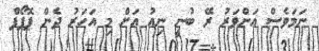
ނަމަވެސް އަންވަރު ރޭ ބުނީ ނިއު އަށް މި އަހަރު ދެން ޕޮޕޯފް